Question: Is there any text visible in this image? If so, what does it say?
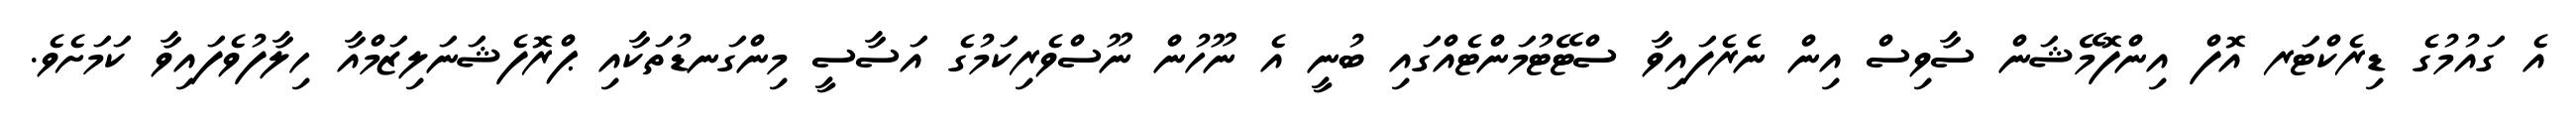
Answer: އެ ގައުމުގެ ޑިރެކްޓަރ އޮފް އިންފޮމޭޝަން ސާވިސް އިން ނެރެފައިވާ ސްޓޭޓުމަންޓެއްގައި ބުނީ އެ ނޫހުން ނޫސްވެރިކަމުގެ އަސާސީ މިންގަނޑުތަކާއި ޕްރޮފެޝަނަލިޒަމްއާ ހިލާފުވެފައިވާ ކަމަށެވެ.